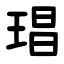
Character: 琩